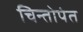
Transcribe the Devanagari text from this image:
चिन्तोपंत